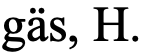
gäs, H.